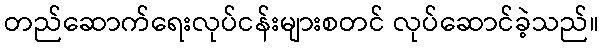
တည်ဆောက်ရေးလုပ်ငန်းများစတင် လုပ်ဆောင်ခဲ့သည်။